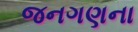
જનગણના